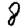
Digit: 8